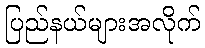
ပြည်နယ်များအလိုက်